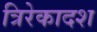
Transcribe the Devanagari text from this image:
त्रिरेकादश